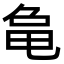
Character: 𬺞